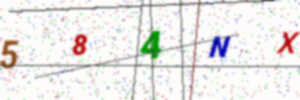
Text: 584NX